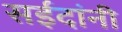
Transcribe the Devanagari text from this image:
सईदांनी